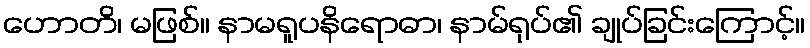
ဟောတိ၊ မဖြစ်။ နာမရူပနိရောဓာ၊ နာမ်ရုပ်၏ ချုပ်ခြင်းကြောင့်။